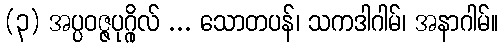
(၃) အပ္ပဝဇ္ဇပုဂ္ဂိုလ် ... သောတပန်၊ သကဒါဂါမ်၊ အနာဂါမ်။